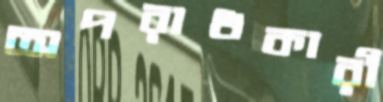
অপরাধকারী